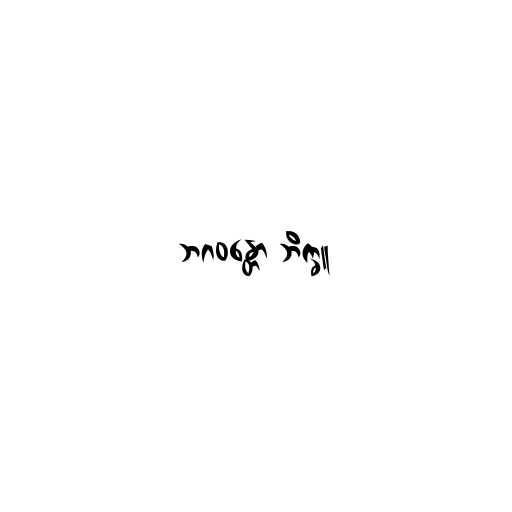
ဘဂဝန္တော ဘိက္ခူ